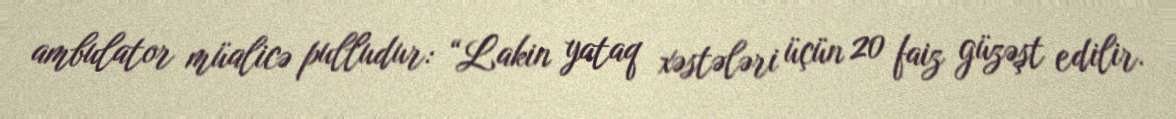
ambulator müalicə pulludur: “Lakin yataq xəstələri üçün 20 faiz güzəşt edilir.